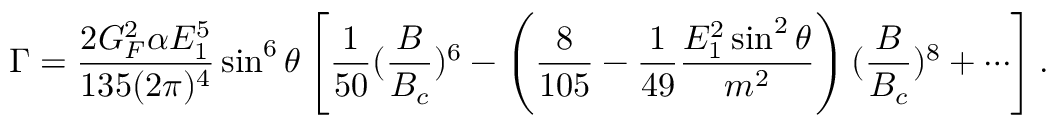
\Gamma = { \frac { 2 G _ { F } ^ { 2 } \alpha E _ { 1 } ^ { 5 } } { 1 3 5 ( 2 \pi ) ^ { 4 } } } \sin ^ { 6 } \theta \left[ { \frac { 1 } { 5 0 } } ( { \frac { B } { B _ { c } } } ) ^ { 6 } - \left( { \frac { 8 } { 1 0 5 } } - { \frac { 1 } { 4 9 } } { \frac { E _ { 1 } ^ { 2 } \sin ^ { 2 } \theta } { m ^ { 2 } } } \right) ( { \frac { B } { B _ { c } } } ) ^ { 8 } + \cdots \right] .